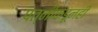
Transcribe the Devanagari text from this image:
पत्‍नीकडूनही